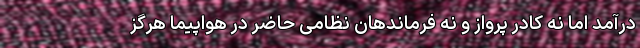
درآمد اما نه کادر پرواز و نه فرماندهان نظامی حاضر در هواپیما هرگز